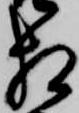
相